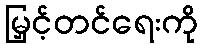
မြှင့်တင်ရေးကို